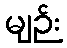
မျဉ်း